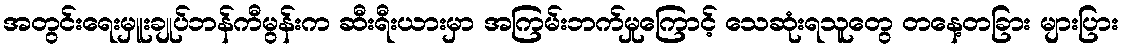
အတွင်းရေးမှူးချုပ်ဘန်ကီမွန်းက ဆီးရီးယားမှာ အကြမ်းဘက်မှုကြောင့် သေဆုံးရသူတွေ တနေ့တခြား များပြား